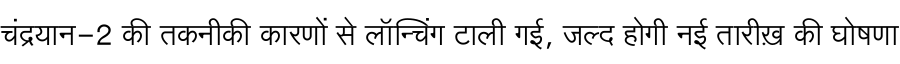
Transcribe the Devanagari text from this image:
चंद्रयान-2 की तकनीकी कारणों से लॉन्चिंग टाली गई, जल्द होगी नई तारीख़ की घोषणा